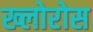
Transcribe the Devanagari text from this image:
ख्लोरोस